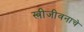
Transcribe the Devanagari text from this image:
स्त्रीजीवनाचे